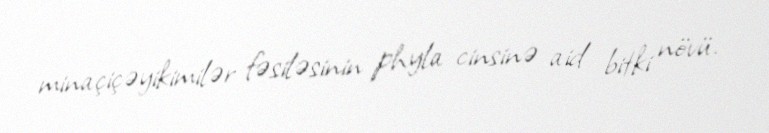
minaçiçəyikimilər fəsiləsinin phyla cinsinə aid bitki növü.